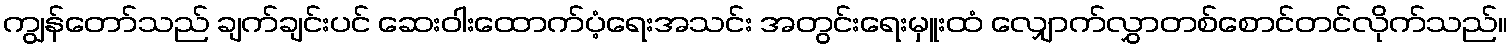
ကျွန်တော်သည် ချက်ချင်းပင် ဆေးဝါးထောက်ပံ့ရေးအသင်း အတွင်းရေးမှူးထံ လျှောက်လွှာတစ်စောင်တင်လိုက်သည်။